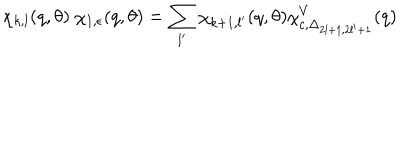
\chi _ { k , l } ( q , \theta ) ~ \chi _ { 1 , \epsilon } ( q , \theta ) = \sum _ { l ^ { \prime } } \chi _ { k + 1 , l ^ { \prime } } ( q , \theta ) \chi _ { c , \Delta _ { 2 l + 1 , 2 l ^ { \prime } + 1 } } ^ { V } ( q )